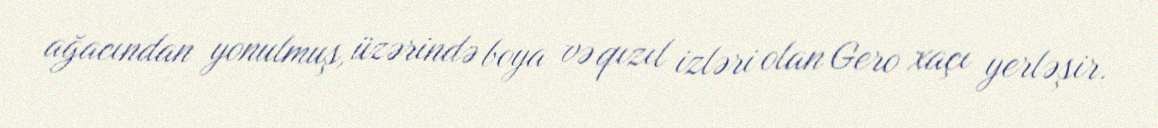
ağacından yonulmuş, üzərində boya və qızıl izləri olan Gero xaçı yerləşir.